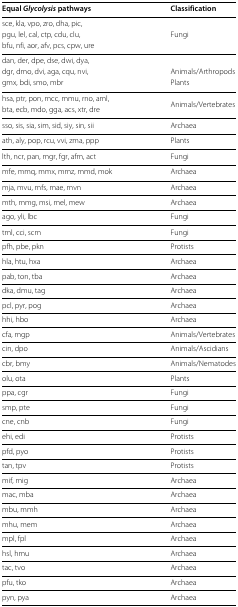
<table><thead><tr><td><b>Equal<i>Glycolysis</i> pathways</b></td><td><b>Classification</b></td></tr></thead><tbody><tr><td>sce, kla, vpo, zro, dha, pic,</td><td> </td></tr><tr><td>pgu, lel, cal, ctp, cdu, clu,</td><td>Fungi</td></tr><tr><td>bfu, nfi, aor, afv, pcs, cpw, ure</td><td> </td></tr><tr><td>dan, der, dpe, dse, dwi, dya,</td><td> </td></tr><tr><td>dgr, dmo, dvi, aga, cqu, nvi,</td><td>Animals/Arthropods</td></tr><tr><td>gmx, bdi, smo, mbr</td><td>Plants</td></tr><tr><td>hsa, ptr, pon, mcc, mmu, rno, aml,</td><td>Animals/Vertebrates</td></tr><tr><td>bta, ecb, mdo, gga, acs, xtr, dre</td><td> </td></tr><tr><td>sso, sis, sia, sim, sid, siy, sin, sii</td><td>Archaea</td></tr><tr><td>ath, aly, pop, rcu, vvi, zma, ppp</td><td>Plants</td></tr><tr><td>lth, ncr, pan, mgr, fgr, afm, act</td><td>Fungi</td></tr><tr><td>mfe, mmq, mmx, mmz, mmd, mok</td><td>Archaea</td></tr><tr><td>mja, mvu, mfs, mae, mvn</td><td>Archaea</td></tr><tr><td>mth, mmg, msi, mel, mew</td><td>Archaea</td></tr><tr><td>ago, yli, lbc</td><td>Fungi</td></tr><tr><td>tml, cci, scm</td><td>Fungi</td></tr><tr><td>pfh, pbe, pkn</td><td>Protists</td></tr><tr><td>hla, htu, hxa</td><td>Archaea</td></tr><tr><td>pab, ton, tba</td><td>Archaea</td></tr><tr><td>dka, dmu, tag</td><td>Archaea</td></tr><tr><td>pcl, pyr, pog</td><td>Archaea</td></tr><tr><td>hhi, hbo</td><td>Archaea</td></tr><tr><td>cfa, mgp</td><td>Animals/Vertebrates</td></tr><tr><td>cin, dpo</td><td>Animals/Ascidians</td></tr><tr><td>cbr, bmy</td><td>Animals/Nematodes</td></tr><tr><td>olu, ota</td><td>Plants</td></tr><tr><td>ppa, cgr</td><td>Fungi</td></tr><tr><td>smp, pte</td><td>Fungi</td></tr><tr><td>cne, cnb</td><td>Fungi</td></tr><tr><td>ehi, edi</td><td>Protists</td></tr><tr><td>pfd, pyo</td><td>Protists</td></tr><tr><td>tan, tpv</td><td>Protists</td></tr><tr><td>mif, mig</td><td>Archaea</td></tr><tr><td>mac, mba</td><td>Archaea</td></tr><tr><td>mbu, mmh</td><td>Archaea</td></tr><tr><td>mhu, mem</td><td>Archaea</td></tr><tr><td>mpl, fpl</td><td>Archaea</td></tr><tr><td>hsl, hmu</td><td>Archaea</td></tr><tr><td>tac, tvo</td><td>Archaea</td></tr><tr><td>pfu, tko</td><td>Archaea</td></tr><tr><td>pyn, pya</td><td>Archaea</td></tr></tbody></table>